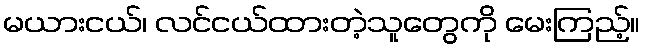
မယားငယ်၊ လင်ငယ်ထားတဲ့သူတွေကို မေးကြည့်။